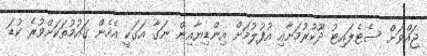
ޖައްވަށް ސެޓެލައިޓު ދޫކުރުމަށާއި އުފުލުމަށް އިންޑިޔާއިން ނަގާ އަގަކީ އެހެން ޤައުމުތަކަށްވުރެ ކުޑަ